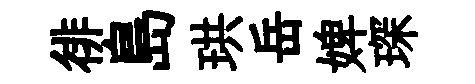
徘島珙岳婢琛